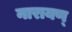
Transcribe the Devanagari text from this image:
नारायण्